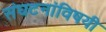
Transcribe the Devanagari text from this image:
संघटनांविषयी